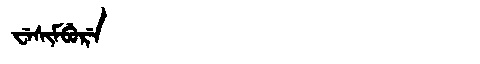
Manchu: ᠸᡝᠰᡳᠮᠪᡠᡵᡝ
Romanization: WESIMBURE